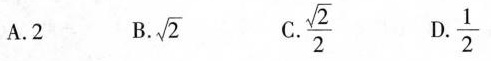
A. 2 B. \sqrt{2} C. \frac{\sqrt{2}}{2} D. \frac{1}{2}